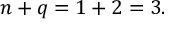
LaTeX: n + q = 1 + 2 = 3 .